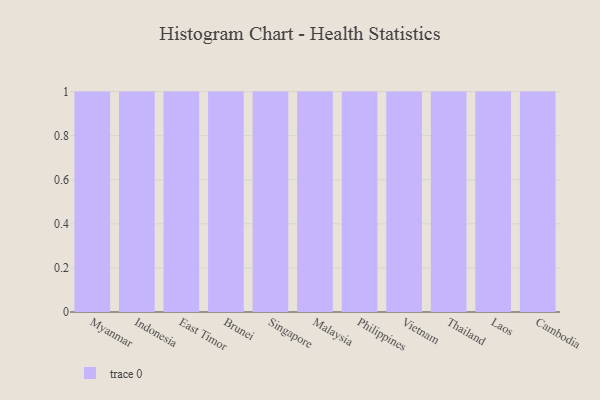
{"axis": {"x": "Country", "y": "Revenue (USD Million)"}, "legend": [""], "data": [{"x": "Myanmar", "y": 20, "type": ""}, {"x": "Indonesia", "y": 14, "type": ""}, {"x": "East Timor", "y": 36, "type": ""}, {"x": "Brunei", "y": 58, "type": ""}, {"x": "Singapore", "y": 20, "type": ""}, {"x": "Malaysia", "y": 26, "type": ""}, {"x": "Philippines", "y": 65, "type": ""}, {"x": "Vietnam", "y": 36, "type": ""}, {"x": "Thailand", "y": 30, "type": ""}, {"x": "Laos", "y": 63, "type": ""}, {"x": "Cambodia", "y": 72, "type": ""}]}